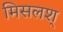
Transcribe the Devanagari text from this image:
मिसलश्